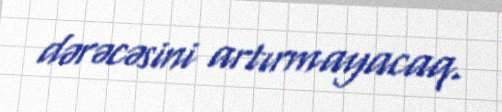
dərəcəsini artırmayacaq.